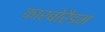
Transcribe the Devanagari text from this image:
कारबोरैंडम